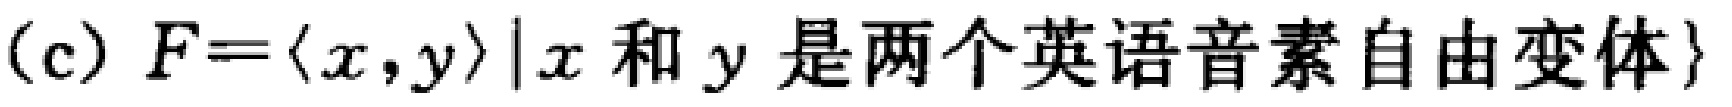
(c) \(F = \{ \langle x, y\rangle\mid x \text{ 和 } y \text{ 是两个英语音素自由变体}\}\)